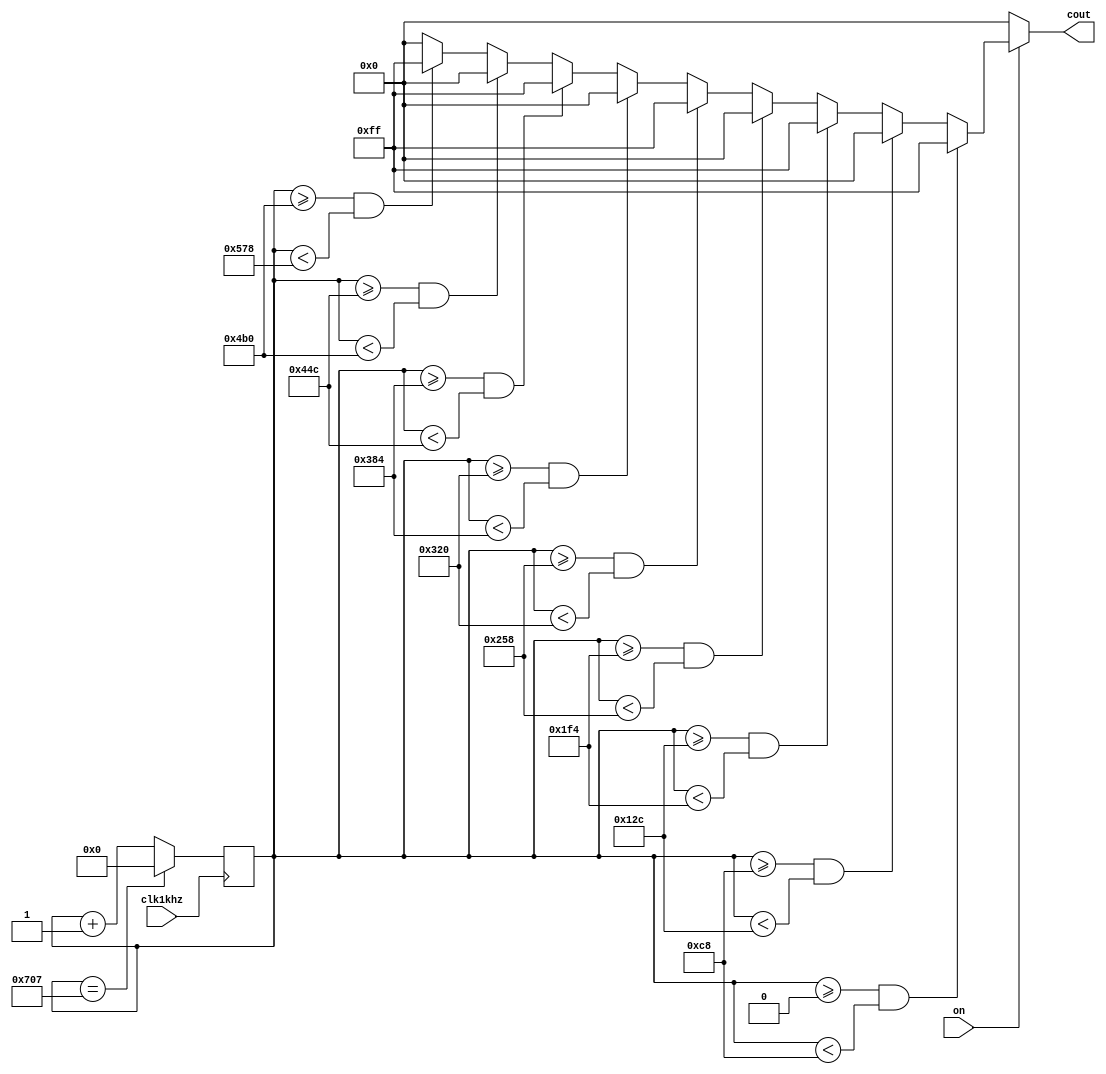
module alarm_signal(clk1khz, on, cout);
input clk1khz, on;
output reg [7:0] cout;

parameter starlength = 200;
parameter spacelength = 100;
parameter longlength = 400;

reg[31:0] cnt_length;

always@(posedge clk1khz)
begin
	if(cnt_length == (starlength*5+spacelength*4+longlength-1))
		cnt_length <= 0;
	else
		cnt_length <= cnt_length + 1'b1;
end

always@(cnt_length)
begin
	if(on)
	begin
		if((cnt_length >= 0) && (cnt_length < starlength))
			cout <= 8'b11111111;
		else if((cnt_length >= starlength) && (cnt_length < (starlength + spacelength)))
			cout <= 8'b00000000;
		else if((cnt_length >= (starlength+spacelength)) && (cnt_length < (starlength*2+spacelength)))
			cout <= 8'b11111111;
		else if((cnt_length >= (starlength*2+spacelength)) && (cnt_length < (starlength*2+spacelength*2)))
			cout <= 8'b00000000;
		else if((cnt_length >= (starlength*2+spacelength*2)) && (cnt_length < (starlength*3+spacelength*2)))
			cout <= 8'b11111111;
		else if((cnt_length >= (starlength*3+spacelength*2)) && (cnt_length < (starlength*3+spacelength*3)))
			cout <= 8'b00000000;
		else if((cnt_length >= (starlength*3+spacelength*3)) && (cnt_length < (starlength*4+spacelength*3)))
			cout <= 8'b11111111;
		else if((cnt_length >= (starlength*4+spacelength*3)) && (cnt_length < (starlength*4+spacelength*4)))
			cout <= 8'b00000000;
		else if((cnt_length >= (starlength*4+spacelength*4)) && (cnt_length < (starlength*5+spacelength*4)))
			cout <= 8'b11111111;
		else
			cout <= 8'b00000000;
	end
	else
		cout <= 8'b00000000;
end
endmodule